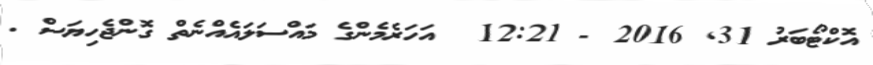
އޮކްޓޯބަރު 31